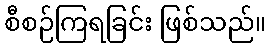
စီစဉ်ကြရခြင်း ဖြစ်သည်။